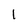
Character: l